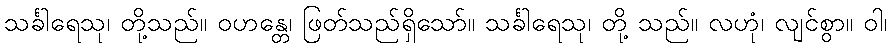
သင်္ခါရေသု၊ တို့သည်။ ဝဟန္တေ၊ ဖြတ်သည်ရှိသော်။ သင်္ခါရေသု၊ တို့ သည်။ လဟုံ၊ လျင်စွာ။ ဝါ၊